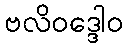
ဗလိဝဒ္ဒေါဝ